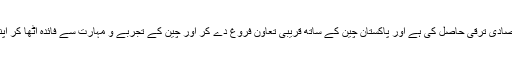
انہوں نے کہا کہ چین نے تیز رفتار اقتصادی ترقی حاصل کی ہے اور پاکستان چین کے ساتھ قریبی تعاون فروغ دے کر اور چین کے تجربے و مہارت سے فائدہ اٹھا کر اپنی معیشت کو بہتر فروغ دے سکتا ہے۔